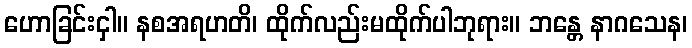
ဟောခြင်းငှါ။ နစအရဟတိ၊ ထိုက်လည်းမထိုက်ပါဘုရား။ ဘန္တေ နာဂသေန၊